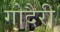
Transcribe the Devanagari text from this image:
गोदैरी